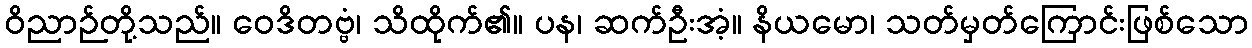
ဝိညာဉ်တို့သည်။ ဝေဒိတဗ္ဗံ၊ သိထိုက်၏။ ပန၊ ဆက်ဦးအံ့။ နိယမော၊ သတ်မှတ်ကြောင်းဖြစ်သော